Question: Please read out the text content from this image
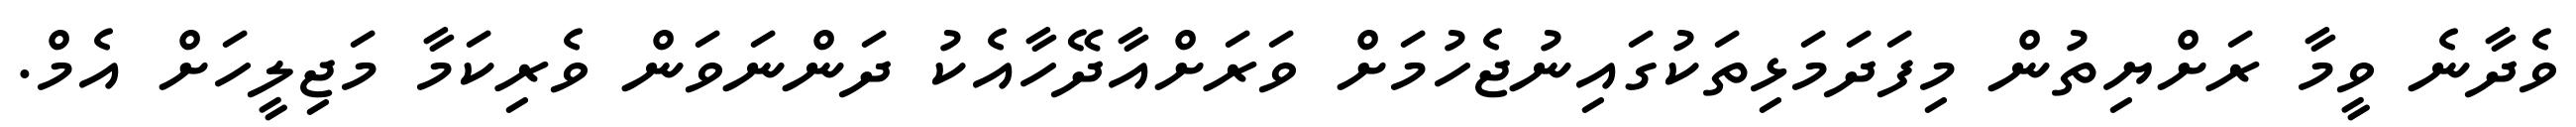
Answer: ވެދާނެ ވީމާ ރަށްޔިތުން މިފަދަމަޅިތަކުގައިނުޖެހުމަށް ވަރަށްއާދޭހާއެކު ދަންނަވަން ވެރިކަމާ މަޖިލީހަށް އެމް.